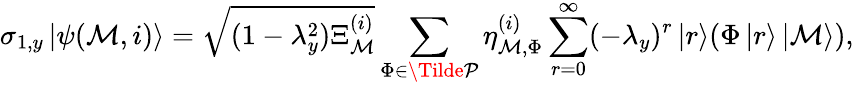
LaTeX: \sigma_{1,y}\left|\psi(\mathcal{M},i)\right>=\sqrt{(1-\lambda_{y}^{2})\Xi_{\mathcal{M}}^{(i)}}\sum_{\Phi\in\Tilde{\mathcal{P}}}\eta_{\mathcal{M},\Phi}^{(i)}\sum_{r=0}^{\infty}(-\lambda_{y})^{r}\left|r\right>(\Phi\left|r\right>\left|\mathcal{M}\right>),